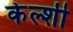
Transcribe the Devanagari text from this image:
केल्शी